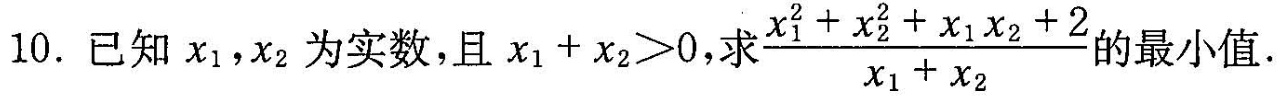
10.已知x_{1}，x_{2}为实数，且$$x _ { 1 } + x _ { 2 } > 0 $$，求 $$\frac{ x _ { 1 } ^ { 2 } + x _ { 2 } ^ { 2 } + x _ { 1 } x _ { 2 } + 2 } { x _ { 1 } + x _ { 2 } }$$ 的最小值。